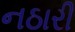
નઠારી